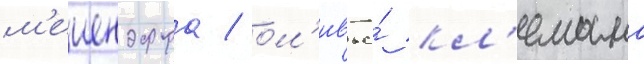
м'еиендорфа / ол'ивье́ кл'емана